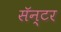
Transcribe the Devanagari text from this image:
सॅन्टर